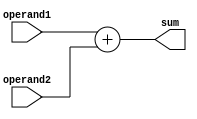
module Adder(
    input [7:0] operand1,
    input [7:0] operand2,
    output reg [8:0] sum
);

always @* begin
    sum = operand1 + operand2;
end

endmodule